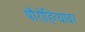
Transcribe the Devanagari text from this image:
पौरोहित्यावर